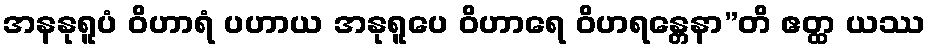
အနနုရူပံ ဝိဟာရံ ပဟာယ အနုရူပေ ဝိဟာရေ ဝိဟရန္တေနာ”တိ ဧတ္ထ ယဿ